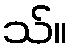
သ်။